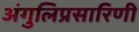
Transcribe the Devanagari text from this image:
अंगुलिप्रसारिणी